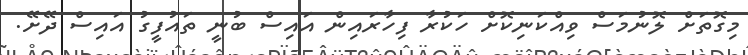
މިގޮތަށް ލޮނުމަސް ވިއްކަނިކޮށް ހަކުރާ ފިހާރައިން އައިސް ބުނީ ތައުފީގު އައިސް ދޭށޭ.